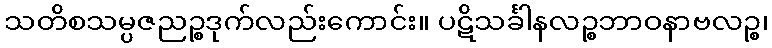
သတိစသမ္ပဇညဉ္စဒုက်လည်းကောင်း။ ပဋိသင်္ခါနလဉ္စဘာဝနာဗလဉ္စ၊